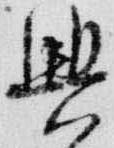
興